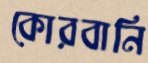
কোরবানি